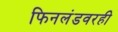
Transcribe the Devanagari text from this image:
फिनलंडवरही